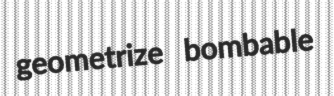
geometrize bombable